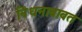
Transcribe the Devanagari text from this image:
निधनाबाबत